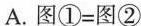
A.图①=图②